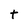
Character: t